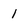
Character: 1